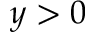
y > 0